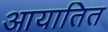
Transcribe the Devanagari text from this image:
आयातित